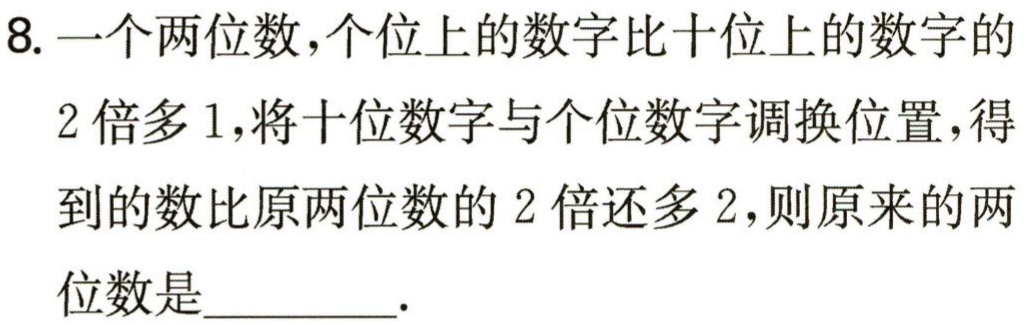
8. 一个两位数,个位上的数字比十位上的数字的
2倍多1,将十位数字与个位数字调换位置,得
到的数比原两位数的2倍还多2,则原来的两
位数是_________.